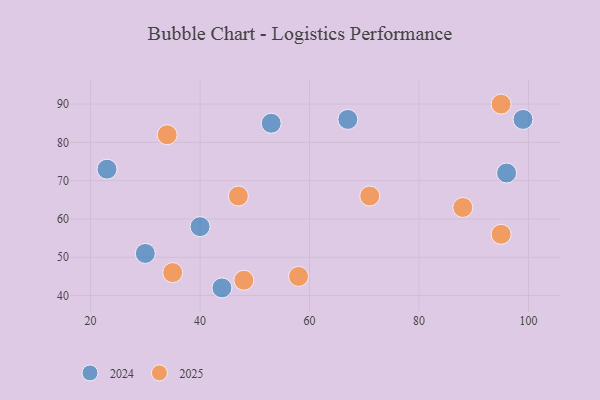
{"axis": {"x": "GDP", "y": "Life Expectancy"}, "legend": ["2024", "2025"], "data": [{"x": "88", "y": 63, "type": "2025"}, {"x": "95", "y": 56, "type": "2025"}, {"x": "47", "y": 66, "type": "2025"}, {"x": "58", "y": 45, "type": "2025"}, {"x": "95", "y": 90, "type": "2025"}, {"x": "48", "y": 44, "type": "2025"}, {"x": "71", "y": 66, "type": "2025"}, {"x": "34", "y": 82, "type": "2025"}, {"x": "35", "y": 46, "type": "2025"}, {"x": "99", "y": 86, "type": "2024"}, {"x": "44", "y": 42, "type": "2024"}, {"x": "23", "y": 73, "type": "2024"}, {"x": "67", "y": 86, "type": "2024"}, {"x": "96", "y": 72, "type": "2024"}, {"x": "53", "y": 85, "type": "2024"}, {"x": "30", "y": 51, "type": "2024"}, {"x": "40", "y": 58, "type": "2024"}]}